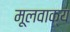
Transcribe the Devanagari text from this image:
मूलवाक्य